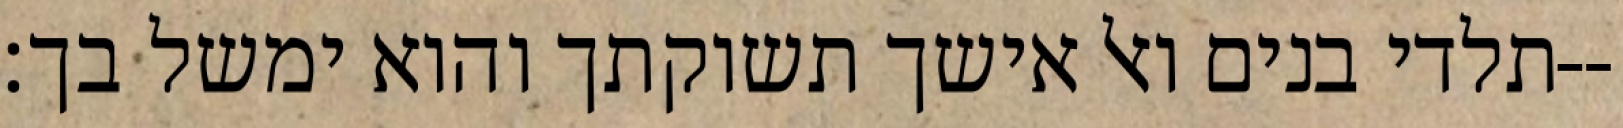
תלדי בנים ואל אישך תשוקתך והוא ימשל בך׃--